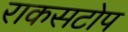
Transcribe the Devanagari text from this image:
राकसटोप